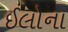
ઈલોના